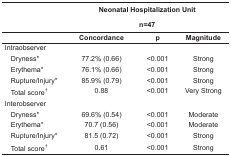
|  |  | <COLSPAN=3> Neonatal HospitalizationUnit |
 |  |  | <COLSPAN=3> n=47 |
 |  |  | Concordance | p | Magnitude |
 | --- | --- | --- | --- | --- |
 | <COLSPAN=2> Intraobserver |  |  |  |
 |  | Dryness* | 77.2% (0.66) | <0.001 | Strong |
 |  | Erythema* | 76.1% (0.66) | <0.001 | Strong |
 |  | Rupture/Injury* | 85.9% (0.79) | <0.001 | Strong |
 |  | Total score† | 0.88 | <0.001 | Very Strong |
 | <COLSPAN=2> Interobserver |  |  |  |
 |  | Dryness* | 69.6% (0.54) | <0.001 | Moderate |
 |  | Erythema* | 70.7 (0.56) | <0.001 | Moderate |
 |  | Rupture/Injury* | 81.5 (0.72) | <0.001 | Strong |
 |  | Total score† | 0.61 | <0.001 | Strong |